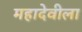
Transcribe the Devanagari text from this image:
महादेवीला